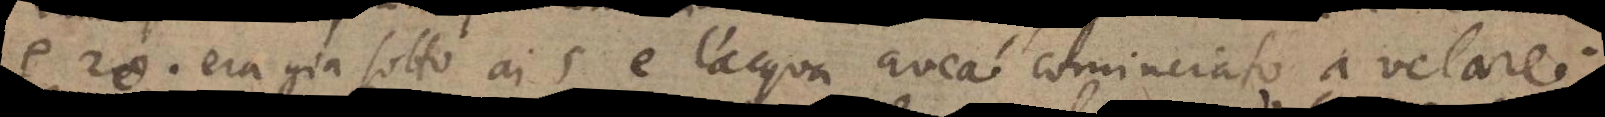
g. 20. era gia sotto ai 5 e l’acqua avea cominciato a velare.